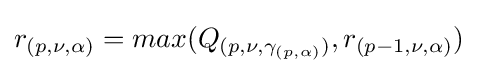
r_{(p,\nu ,\alpha )}=max(Q_{(p,\nu ,\gamma _{(p,\alpha )})},r_{(p-1,\nu ,\alpha )})